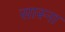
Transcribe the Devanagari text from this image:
सास्ना